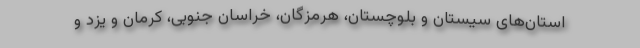
استان‌های سیستان و بلوچستان، هرمزگان، خراسان جنوبی، کرمان و یزد و